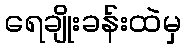
ရေချိုးခန်းထဲမှ